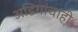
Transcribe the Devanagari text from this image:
अडिगांचाही